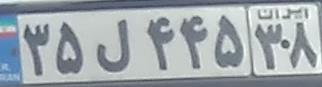
۳۵ل۴۴۵۳۸